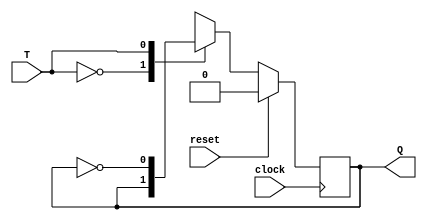
module t_flipflop(T,clock,reset,Q);
input wire T,clock,reset;
	output reg Q;
	
	always @(posedge clock) begin
		if(reset) begin
			Q<=1'b0;
		end
		else begin
			case(T)
				1'b0: begin
					Q<=Q;
				end
				1'b1: begin
					Q<=~Q;
				end
			endcase
		end
	end
endmodule


module mod9_Counter(reset,Q,clock);
input clock,reset;
output [3:0] Q;
wire t1,t2,t3;
and(t1,Q[0],Q[1]);
and(t2,t1,Q[2]);
or(t3,t2,Q[3]);

t_flipflop T_1(~Q[3],clock,reset,Q[0]);
t_flipflop T_2(Q[0],clock,reset,Q[1]);
t_flipflop T_3(t1,clock,reset,Q[2]);
t_flipflop T_4(t3,clock,reset,Q[3]);
endmodule

module mod9_tb;
reg clock,reset;
wire [3:0] Q;
mod9_Counter M1(reset,Q,clock);
initial
begin
    #0 clock = 1;reset = 1;
    #1 reset = 0;
    #50 $finish;
end
always
begin
    #2 clock = ~clock;
end
initial
begin
    $monitor($time," \tQ = %d \tclock = %b",Q,clock);
end
initial
begin
$dumpfile("mod_9.vcd");
$dumpvars(0,mod9_tb);
end
endmodule